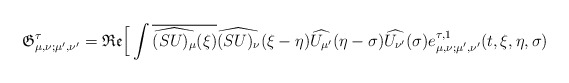
\begin{align*}\mathfrak{G}_{\mu, \nu;\mu',\nu'}^{ \tau} = \mathfrak{Re}\Big[ \int \overline{\widehat{(SU)_{\mu}}(\xi)} \widehat{(SU)_{\nu}}(\xi-\eta) \widehat{{U}_{\mu'}}(\eta-\sigma) \widehat{{U}_{\nu'}}(\sigma) e_{\mu, \nu;\mu',\nu'}^{ \tau,1}(t,\xi,\eta, \sigma) \end{align*}